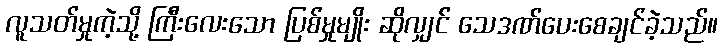
လူသတ်မှုကဲ့သို့ ကြီးလေးသော ပြစ်မှုမျိုး ဆိုလျှင် သေဒဏ်ပေးစေချင်ခဲ့သည်။